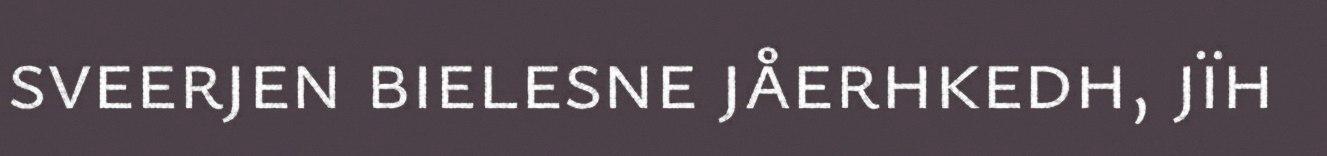
sveerjen bielesne jåerhkedh, jïh